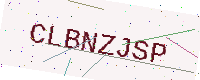
Text: CLBNZJSP